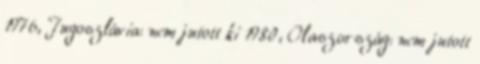
1976, Jugoszlávia: nem jutott ki 1980, Olaszország: nem jutott